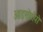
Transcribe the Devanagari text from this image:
आइसोटोपो